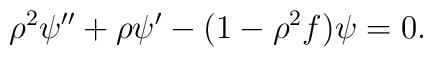
\rho^2\psi'' +\rho\psi' - (1-\rho^2 f)\psi=0.